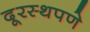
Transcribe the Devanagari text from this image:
दूरस्थपणे